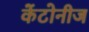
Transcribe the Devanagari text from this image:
केंटोनीज